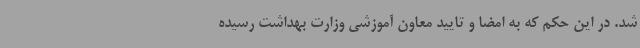
شد. در این حکم که به امضا و تایید معاون آموزشی وزارت بهداشت رسیده